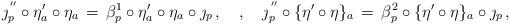
LaTeX: \begin{align*}\jmath^{ \,''}_p \circ \eta'_a \circ \eta_a\, = \, \beta^1_p \circ \eta'_a \circ \eta_a \circ \jmath_p \, ,\ \ \ , \ \ \ \jmath^{ \,''}_p \circ \{ \eta' \circ \eta \}_a\, = \, \beta^2_p \circ \{ \eta' \circ \eta \}_a \circ \jmath_p \, ,\end{align*}